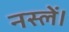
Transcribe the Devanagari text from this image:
नस्लें।